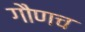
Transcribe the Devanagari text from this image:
गौणच